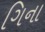
ગિના